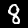
Label: 8